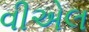
વીએલ